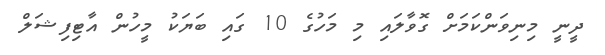
ދީނީ މިނިވަންކަމަށް ގޮވާލައި މި މަހުގެ 10 ގައި ބަޔަކު މީހުން އާޓިފިޝަލް